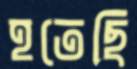
হতেছি